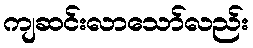
ကျဆင်းလာသော်လည်း